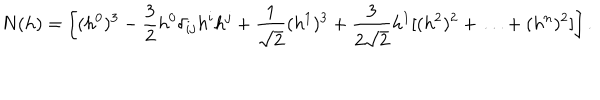
N ( h ) = \left[ ( h ^ { 0 } ) ^ { 3 } - \frac { 3 } { 2 } h ^ { 0 } \delta _ { i j } h ^ { i } h ^ { j } + \frac { 1 } { \sqrt { 2 } } ( h ^ { 1 } ) ^ { 3 } + \frac { 3 } { 2 \sqrt { 2 } } h ^ { 1 } [ ( h ^ { 2 } ) ^ { 2 } + \ldots + ( h ^ { n } ) ^ { 2 } ] \right] .